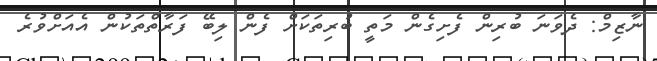
ނާޒިމް: ދެވަނަ ބުރިން ފެށިގެން މަތީ ބުރިތަކަށް ފެން ލިބޭ ފަރާތްތަކުން އެއަށްވުރެ